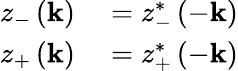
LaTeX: \begin{array}{rl}{z_{-}\left(\mathbf{k}\right)}&{{}=z_{-}^{*}\left(-\mathbf{k}\right)}\\ {z_{+}\left(\mathbf{k}\right)}&{{}=z_{+}^{*}\left(-\mathbf{k}\right)}\end{array}